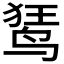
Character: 𫛭